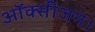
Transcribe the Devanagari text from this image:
ऑक्सीजन।